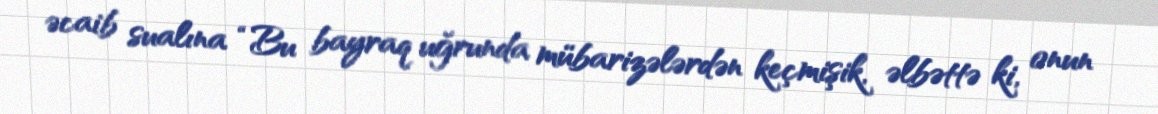
əcaib sualına “Bu bayraq uğrunda mübarizələrdən keçmişik, əlbəttə ki, onun